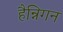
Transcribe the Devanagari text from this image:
हैन्निगन